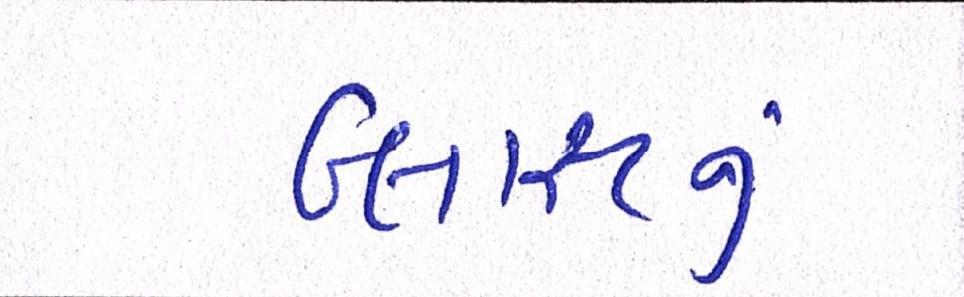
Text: બ્લાસ્ટનું